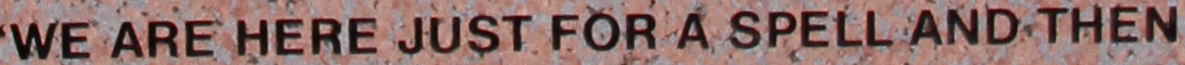
WE ARE HERE JUST FOR A SPELL AND THEN